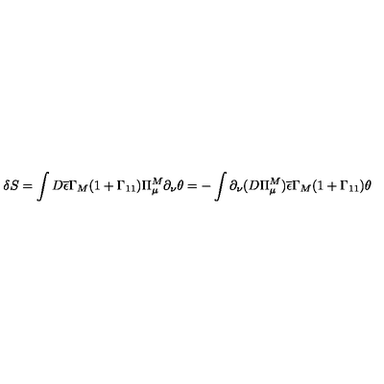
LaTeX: \delta S = \int D \overline { { \epsilon } } \Gamma _ { M } ( 1 + \Gamma _ { 1 1 } ) \Pi _ { \mu } ^ { M } \partial _ { \nu } \theta = - \int \partial _ { \nu } ( D \Pi _ { \mu } ^ { M } ) \overline { { \epsilon } } \Gamma _ { M } ( 1 + \Gamma _ { 1 1 } ) \theta